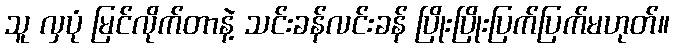
သူ လှပုံ မြင်လိုက်တာနဲ့ သင်းခန်လင်းခန် ပြိုးပြိုးပြက်ပြက်မဟုတ်။